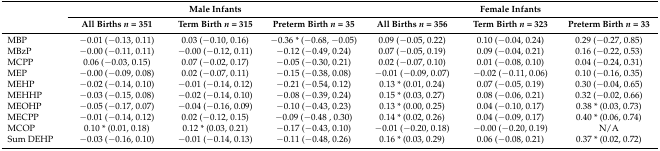
<table><thead><tr><td rowspan="2"></td><td colspan="3"><b>Male Infants</b></td><td colspan="3"><b>Female Infants</b></td></tr><tr><td><b>All Births <i>n</i> = 351</b></td><td><b>Term Birth <i>n</i> = 315</b></td><td><b>Preterm Birth <i>n</i> = 35</b></td><td><b>All Births <i>n</i> = 356</b></td><td><b>Term Birth <i>n</i> = 323</b></td><td><b>Preterm Birth <i>n</i> = 33</b></td></tr></thead><tbody><tr><td>MBP</td><td>−0.01 (−0.13, 0.11)</td><td>0.03 (−0.10, 0.16)</td><td>−0.36 * (−0.68, −0.05)</td><td>0.09 (−0.05, 0.22)</td><td>0.10 (−0.04, 0.24)</td><td>0.29 (−0.27, 0.85)</td></tr><tr><td>MBzP</td><td>−0.00 (−0.11, 0.11)</td><td>−0.00 (−0.12, 0.11)</td><td>−0.12 (−0.49, 0.24)</td><td>0.07 (−0.05, 0.19)</td><td>0.09 (−0.04, 0.21)</td><td>0.16 (−0.22, 0.53)</td></tr><tr><td>MCPP</td><td>0.06 (−0.03, 0.15)</td><td>0.07 (−0.02, 0.17)</td><td>−0.05 (−0.30, 0.21)</td><td>0.02 (−0.07, 0.10)</td><td>0.01 (−0.08, 0.10)</td><td>0.04 (−0.24, 0.31)</td></tr><tr><td>MEP</td><td>−0.00 (−0.09, 0.08)</td><td>0.02 (−0.07, 0.11)</td><td>−0.15 (−0.38, 0.08)</td><td>−0.01 (−0.09, 0.07)</td><td>−0.02 (−0.11, 0.06)</td><td>0.10 (−0.16, 0.35)</td></tr><tr><td>MEHP</td><td>−0.02 (−0.14, 0.10)</td><td>−0.01 (−0.14, 0.12)</td><td>−0.21 (−0.54, 0.12)</td><td>0.13 * (0.01, 0.24)</td><td>0.07 (−0.05, 0.19)</td><td>0.30 (−0.04, 0.65)</td></tr><tr><td>MEHHP</td><td>−0.03 (−0.15, 0.08)</td><td>−0.02 (−0.14, 0.10)</td><td>−0.08 (−0.39, 0.24)</td><td>0.15 * (0.03, 0.27)</td><td>0.08 (−0.06, 0.21)</td><td>0.32 (−0.02, 0.66)</td></tr><tr><td>MEOHP</td><td>−0.05 (−0.17, 0.07)</td><td>−0.04 (−0.16, 0.09)</td><td>−0.10 (−0.43, 0.23)</td><td>0.13 * (0.00, 0.25)</td><td>0.04 (−0.10, 0.17)</td><td>0.38 * (0.03, 0.73)</td></tr><tr><td>MECPP</td><td>−0.01 (−0.14, 0.12)</td><td>0.02 (−0.12, 0.15)</td><td>−0.09 (−0.48 , 0.30)</td><td>0.14 * (0.02, 0.26)</td><td>0.04 (−0.09, 0.17)</td><td>0.40 * (0.06, 0.74)</td></tr><tr><td>MCOP</td><td>0.10 * (0.01, 0.18)</td><td>0.12 * (0.03, 0.21)</td><td>−0.17 (−0.43, 0.10)</td><td>−0.01 (−0.20, 0.18)</td><td>−0.00 (−0.20, 0.19)</td><td>N/A</td></tr><tr><td>Sum DEHP </td><td>−0.03 (−0.16, 0.10)</td><td>−0.01 (−0.14, 0.13)</td><td>−0.11 (−0.48, 0.26)</td><td>0.16 * (0.03, 0.29)</td><td>0.06 (−0.08, 0.21)</td><td>0.37 * (0.02, 0.72)</td></tr></tbody></table>